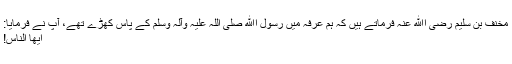
مخنف بن سلیم رضی اﷲ عنہ فرماتے ہیں کہ ہم عرفہ میں رسول اﷲ صلیٰ اللہ علیہ وآلہ وسلم کے پاس کھڑے تھے، آپ نے فرمایا:
اَيُّهَا النَّاسُ!